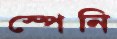
স্পেনি